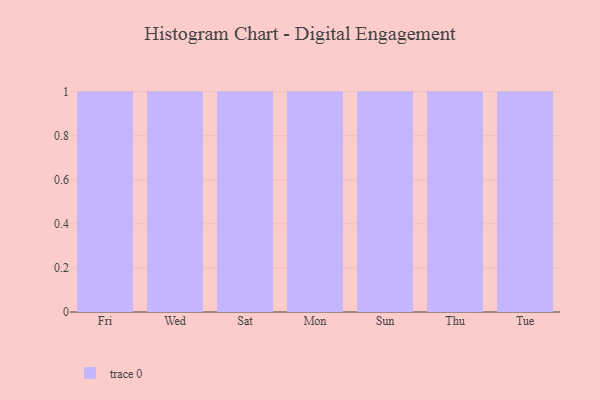
{"axis": {"x": "Day", "y": "Website Visitors"}, "legend": [""], "data": [{"x": "Fri", "y": 1, "type": ""}, {"x": "Wed", "y": 24, "type": ""}, {"x": "Sat", "y": 13, "type": ""}, {"x": "Mon", "y": 65, "type": ""}, {"x": "Sun", "y": 80, "type": ""}, {"x": "Thu", "y": 80, "type": ""}, {"x": "Tue", "y": 87, "type": ""}]}